Rakvere_kinnistusamet, lk 9
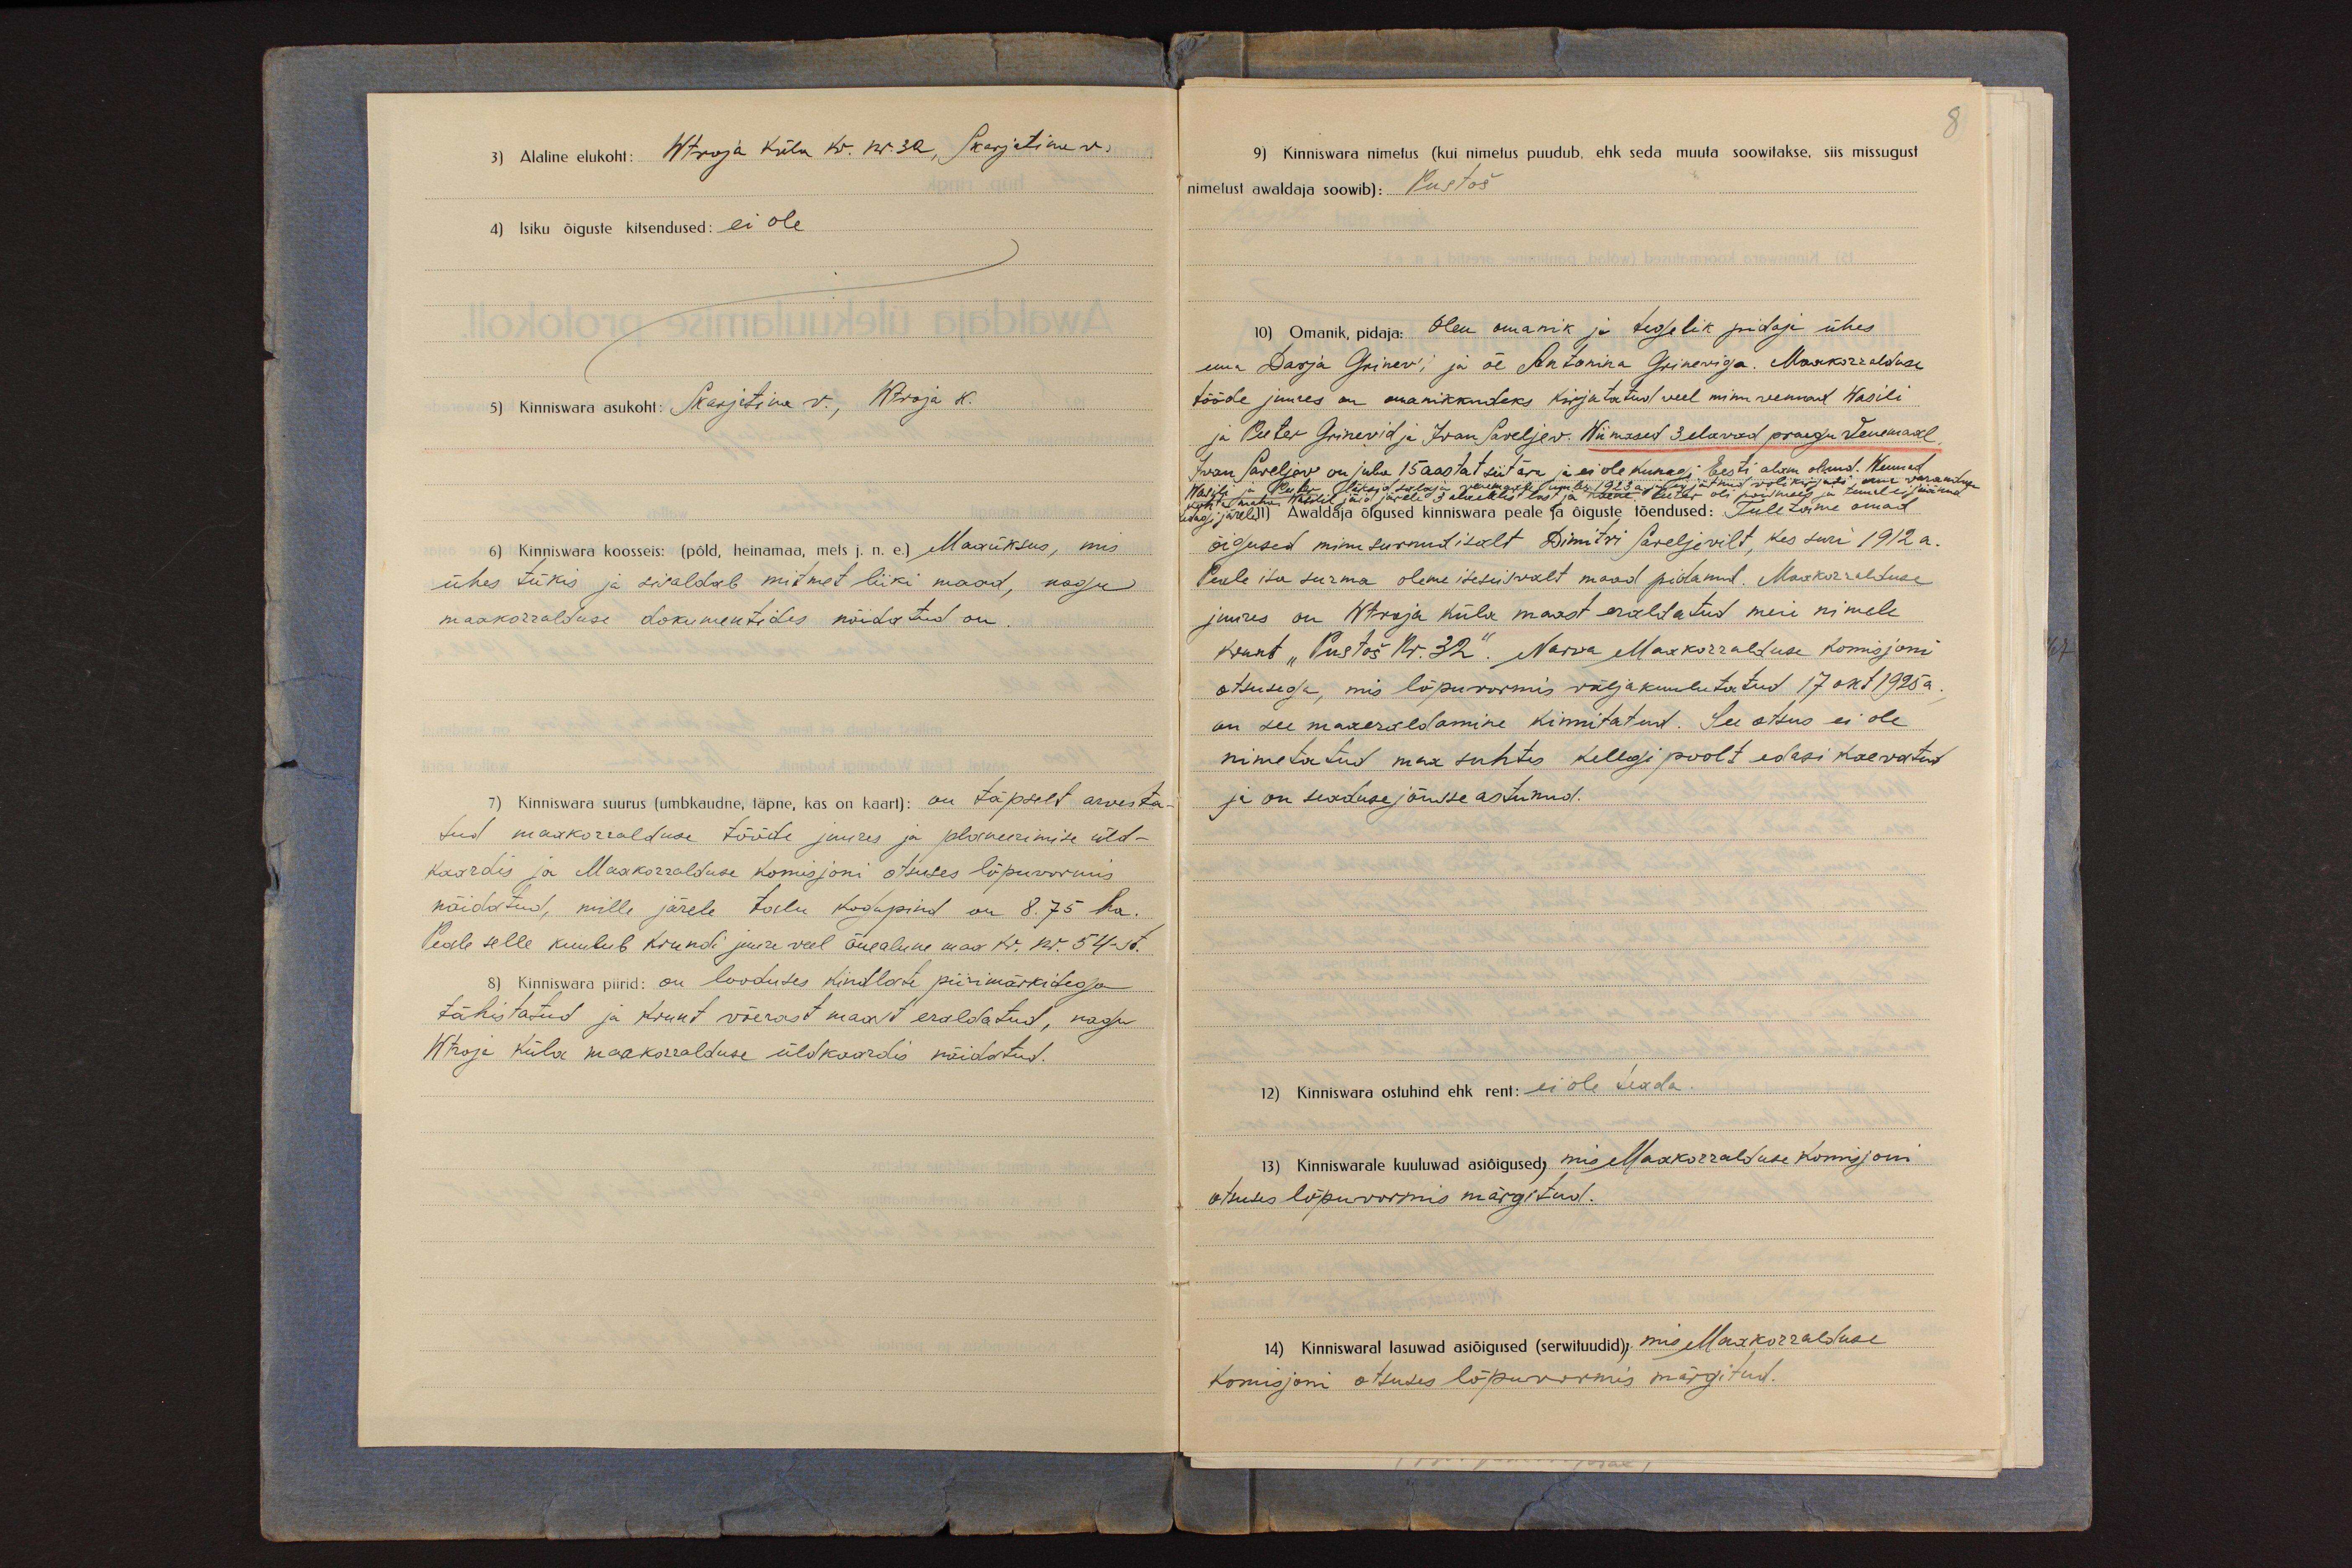
3) Alaline elukoht: Wtroja küla kr. nr. 32, Skarjatina v.
4) Isiku õiguste kitsendused: ei ole
5) Kinniswara asukoht: Skarjatina v., Wtroja k.
6) Kinniswara koosseis: (põld, heinamaa, mets j.n.e) Maaüksus, mis
ühes tükis ja sisaldab mitmet liiki maad, nagu
maakorralduse dokumentides näidatud on.
7) Kinniswara suurus (umbkaudne, täpne, kas on kaart): on täpselt arvesta-
tud maakorralduse tööde juures ja planeerimise üld-
kaardis ja Maakorralduse Komisjoni otsuses lõpuvormis
näidatud, mille järele talu kogupind on 8.75 ha.
Peale selle kuulub krundi juure veel õuealune maa kr. nr. 54-st.
8) Kinniswara piirid: on looduses kindlate piirimärkidega
tähistatud ja krunt võerast maast eraldatud, nagu
Wtroja küla maakorralduse üldkaardis näidatud.

9) Kinniswara nimetus (kui nimetus puudub, ehk seda muuta soowitakse, siis missugust
nimetust awaldaja soowib): Pustoš
10) Omanik, pidaja: Olen omanik ja tegelik pidaja ühes
ema Darja Grinev'i ja õe Antonina Grineviga. Maakorralduse
tööde juures on omanikkudeks kirjutatud veel minu vennad Wasili
ja Peeter Grinevid ja Ivan Saveljev. Wiimased 3 elavad praegu Venemaal
Ivan Saveljev on juba 15 aastat siit ära ja ei ole kunagi Eesti alam olnud. Wennad
Wasili ja Peeter läksid salaja venemaale umbes 1923 a. ja ei jätnud volikirjasi oma varanduse
kohta maha. Wasilil jäid järele 3 alaealist last ja naene. Peeter oli poismees ja temal ei jäänud
kedagi järele. 11) Awaldaja õigused kinniswara peale ja õiguste tõendused: Tuletame omad
õigused minu surnud isalt Dimitri Saveljevilt, kes suri 1912 a.
Peale isa surma oleme iseseisvalt maad pidanud. Maakorralduse
juures on Wtroja küla maast eraldatud meie nimele
krunt "Pustoš Nr. 32". Narva Maakorralduse Komisjoni
otsusega, mis lõpuvormis väljakuulutatud 17 okt 1925a.
on see maaeraldamine kinnitatud. See otsus ei ole
nimetatud maa suhtes kellegi poolt edasi kaevatud
ja on seaduse jõusse astunud.
12) Kinniswara ostuhind ehk rent: ei ole teada.
13) Kinniswarale kuuluwad asiõigused, mis Maakorralduse Komisjoni
otsuses lõpuvormis märgitud.
14) Kinniswaral lasuwad asiõigused (serwituudid), mis Maakorralduse
Komisjoni otsuses lõpuvormis märgitud.